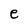
Character: e